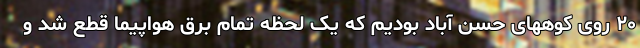
۲۰ روی کوههای حسن آباد بودیم که یک لحظه تمام برق هواپیما قطع شد و